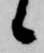
候